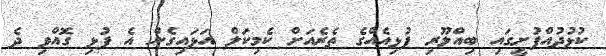
ކުޅުދުއްފުށީގައި ބިއްލޫރި ފުޅިއެއްގެ ތެރެއަށް ކެމިކަލް އަޅައިގެން އެ ފުޅި ގޮއްވި ދެ